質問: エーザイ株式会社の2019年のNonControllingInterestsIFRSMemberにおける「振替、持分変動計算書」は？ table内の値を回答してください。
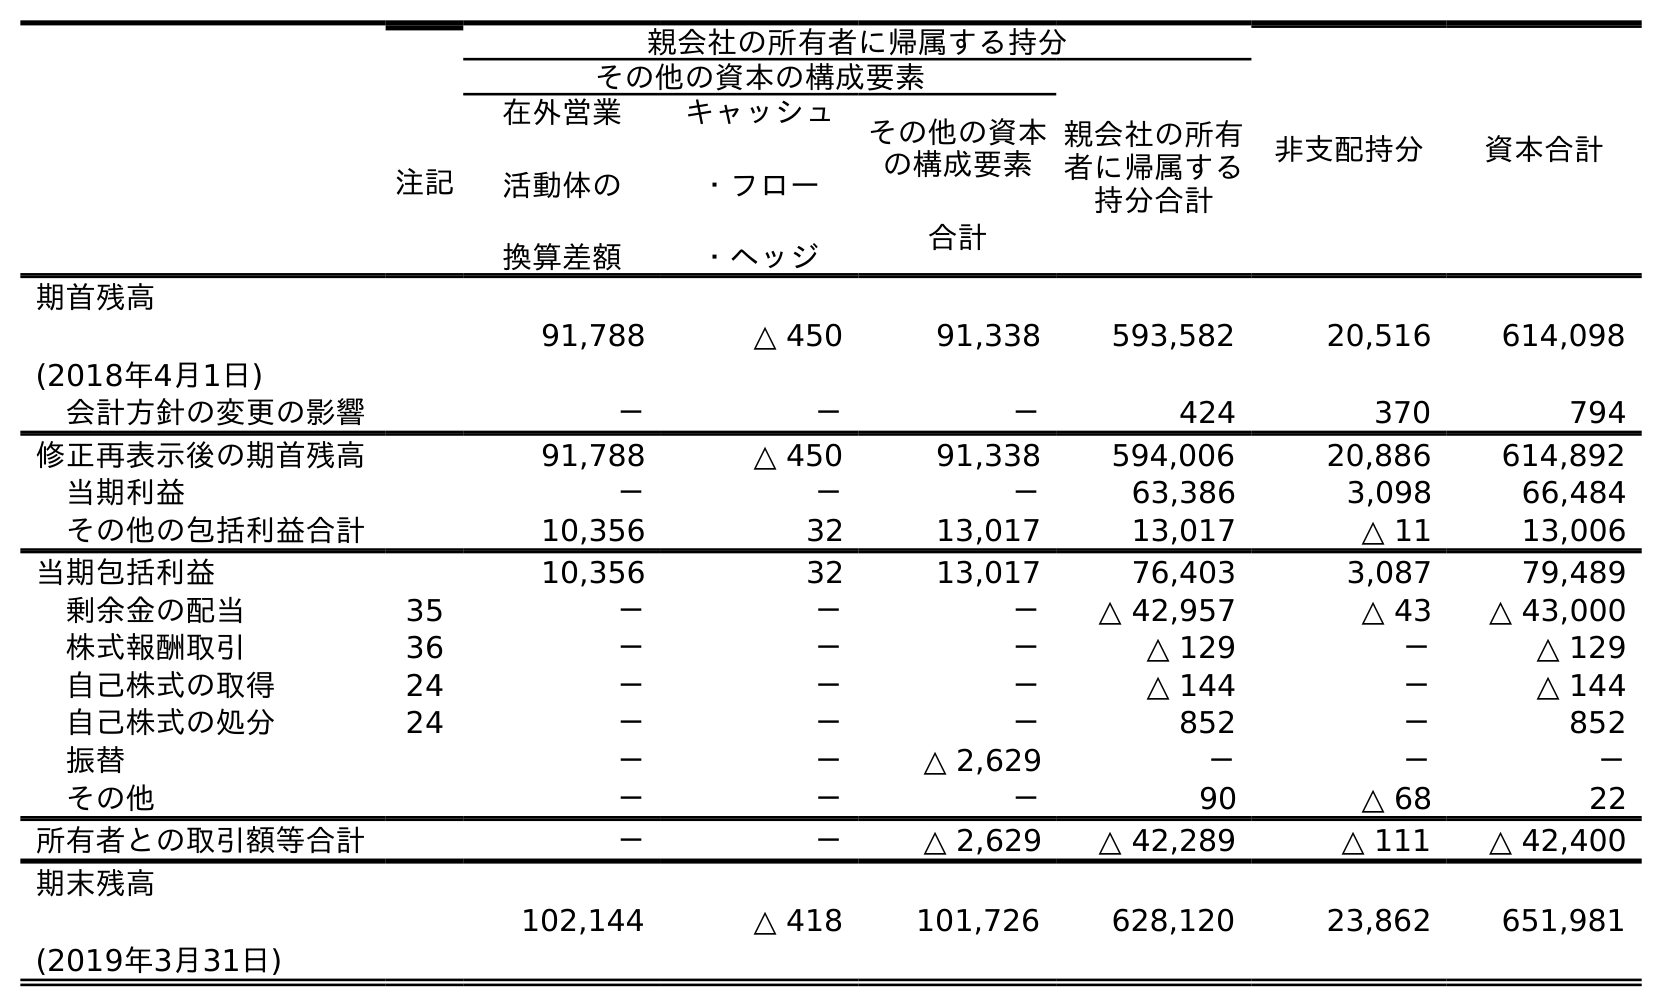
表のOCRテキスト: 注記 親会社の所有者に帰属する持分 非支配持分 資本合計 その他の資本の構成要素 親会社の所有 者に帰属する 持分合計 在外営業 活動体の 換算差額 キャッシュ ・フロー ・ヘッジ その他の資本 の構成要素 合計 期首残高 (2018年4月1日) 91,788 △ 450 91,338 593,582 20,516 614,098 会計方針の変更の影響 － － － 424 370 794 修正再表示後の期首残高 91,788 △ 450 91,338 594,006 20,886 614,892 当期利益 － － － 63,386 3,098 66,484 その他の包括利益合計 10,356 32 13,017 13,017 △ 11 13,006 当期包括利益 10,356 32 13,017 76,403 3,087 79,489 剰余金の配当 35 － － － △ 42,957 △ 43 △ 43,000 株式報酬取引 36 － － － △ 129 － △ 129 自己株式の取得 24 － － － △ 144 － △ 144 自己株式の処分 24 － － － 852 － 852 振替 － － △ 2,629 － － － その他 － － － 90 △ 68 22 所有者との取引額等合計 － － △ 2,629 △ 42,289 △ 111 △ 42,400 期末残高 (2019年3月31日) 102,144 △ 418 101,726 628,120 23,862 651,981
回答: －